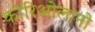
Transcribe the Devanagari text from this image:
कोरिओलानो